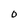
Character: 0